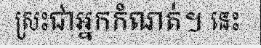
ស្រះជាអ្នកកំណត់។ នេះ